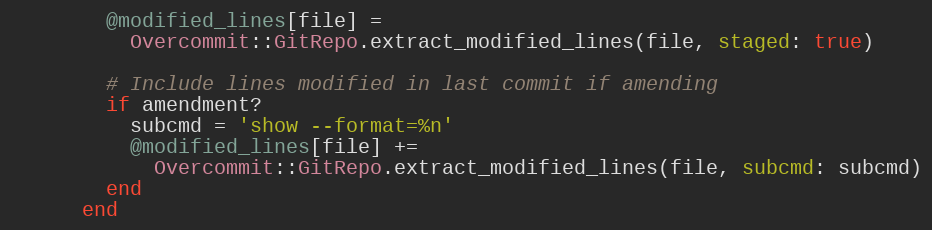
Language: Ruby
        @modified_lines[file] =
          Overcommit::GitRepo.extract_modified_lines(file, staged: true)

        # Include lines modified in last commit if amending
        if amendment?
          subcmd = 'show --format=%n'
          @modified_lines[file] +=
            Overcommit::GitRepo.extract_modified_lines(file, subcmd: subcmd)
        end
      end